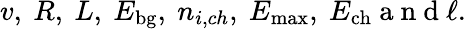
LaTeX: v,\ R,\ L,\ E_{\mathrm{bg}},\ n_{i,ch},\ E_{\mathrm{max}},\ E_{\mathrm{ch}}\mathrm{~a~n~d~}\ell.